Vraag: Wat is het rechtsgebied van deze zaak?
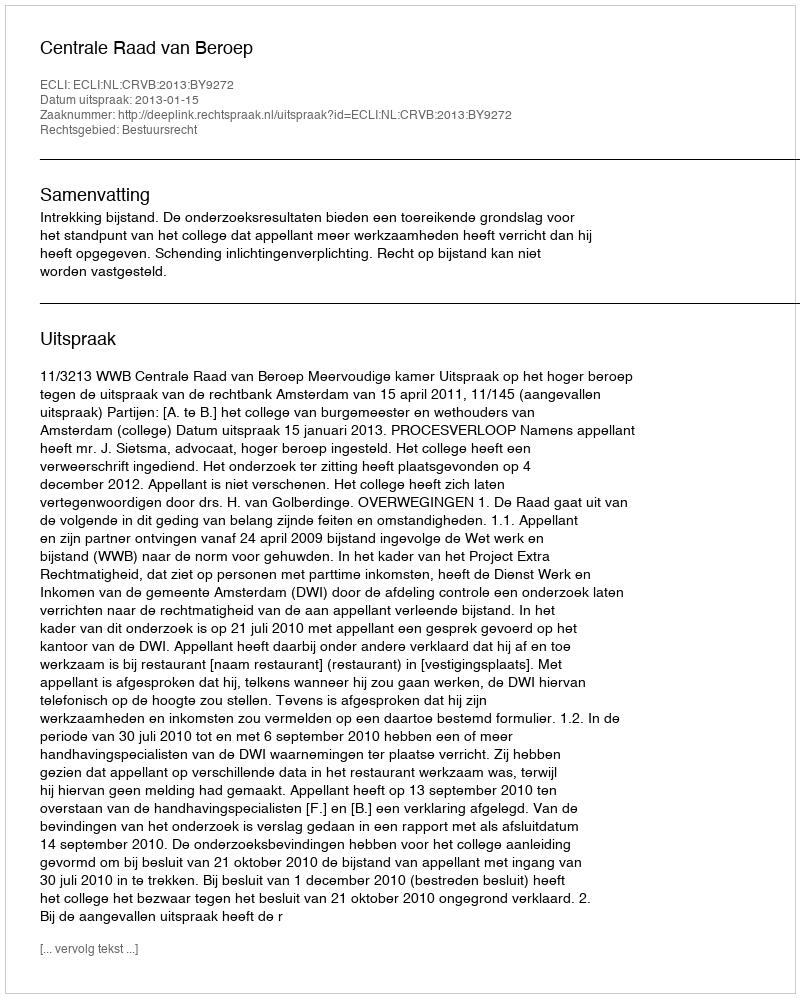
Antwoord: Bestuursrecht